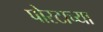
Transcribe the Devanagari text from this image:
पोस्टाच्या